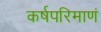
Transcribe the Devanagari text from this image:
कर्षपरिमाणं